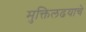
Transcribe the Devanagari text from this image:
मुक्तिलढयाचे